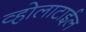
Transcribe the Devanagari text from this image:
व्होलाटाईल